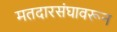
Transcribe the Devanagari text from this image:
मतदारसंघावरून